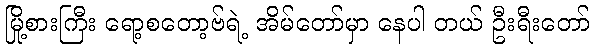
မြို့စားကြီး ရော့စတော့ဗ်ရဲ့ အိမ်တော်မှာ နေပါ တယ် ဦးရီးတော်